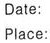
Date & Place \\